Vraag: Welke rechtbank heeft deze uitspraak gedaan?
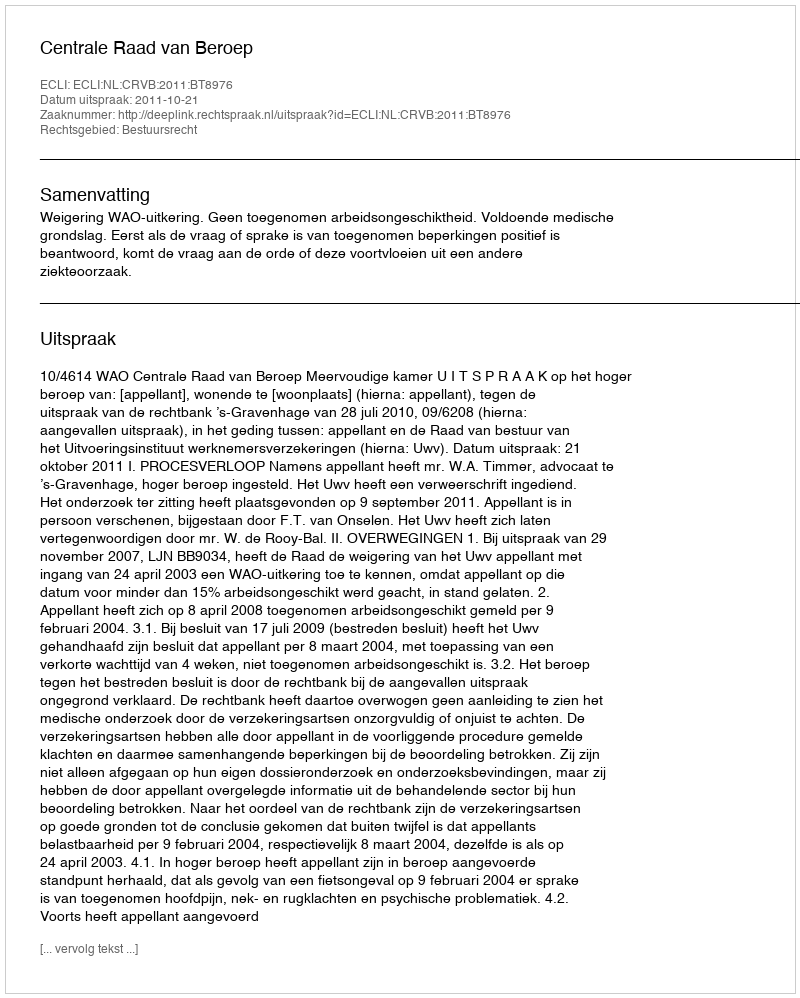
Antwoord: Centrale Raad van Beroep